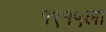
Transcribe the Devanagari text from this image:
१९१५ला